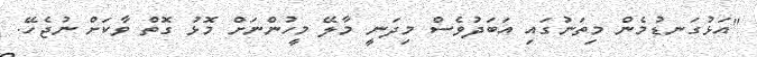
"އަޅުގަނޑުމެން މިތަނުގައި އަބަދުވެސް މިދަނީ މާލޭ މީހުންނަށް މޮޅު ގޮތް ވާކަށް ނުޖެހޭ.